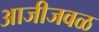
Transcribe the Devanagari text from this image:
आजीजवळ